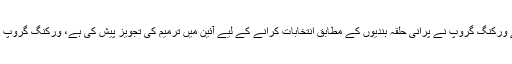
خیال رہے کہ نئی حلقہ بندیوں سے متعلق پارلیمانی کمیٹی کے ورکنگ گروپ نے پرانی حلقہ بندیوں کے مطابق انتخابات کرانے کے لیے آئین میں ترمیم کی تجویز پیش کی ہے، ورکنگ گروپ نے نئی حلقہ بندیوں کا مسودہ ناقص قرار دے کر مسترد کردیا۔